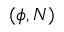
( \phi , N )